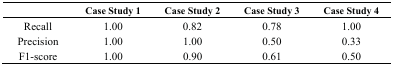
<table><thead><tr><td></td><td><b>Case Study 1</b></td><td><b>Case Study 2</b></td><td><b>Case Study 3</b></td><td><b>Case Study 4</b></td></tr></thead><tbody><tr><td>Recall</td><td>1.00</td><td>0.82</td><td>0.78</td><td>1.00</td></tr><tr><td>Precision</td><td>1.00</td><td>1.00</td><td>0.50</td><td>0.33</td></tr><tr><td>F1-score</td><td>1.00</td><td>0.90</td><td>0.61</td><td>0.50</td></tr></tbody></table>